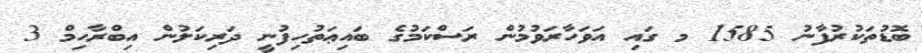
ބޮޑުތަކުރުފާނު 1585 މ ގައި އަވަހާރަވުމުން ރަސްކަމުގެ ބައިޢަތުހިފުނީ ދަރިކަލުން އިބްރާހިމް 3